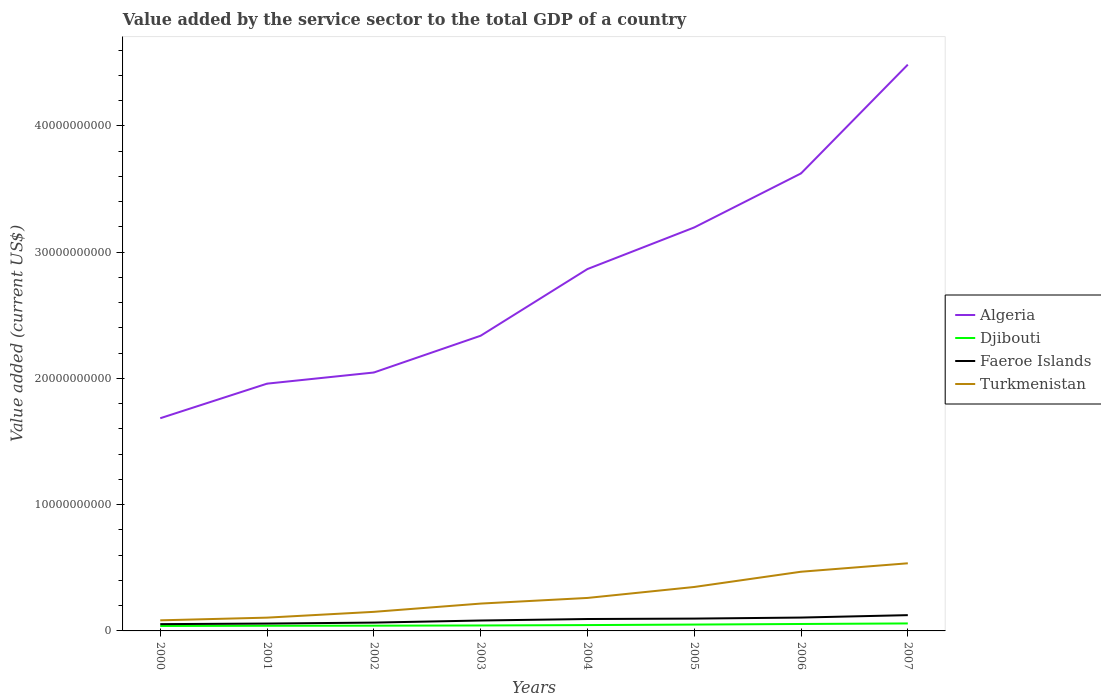
| Years | Algeria | Djibouti | Faeroe Islands | Turkmenistan |
 | --- | --- | --- | --- | --- |
 | 2000 | 1.68e+10 | 3.9e+08 | 5.37e+08 | 8.39e+08 |
 | 2001 | 1.96e+10 | 4.08e+08 | 5.84e+08 | 1.05e+09 |
 | 2002 | 2.05e+10 | 4.16e+08 | 6.59e+08 | 1.51e+09 |
 | 2003 | 2.34e+10 | 4.32e+08 | 8.24e+08 | 2.16e+09 |
 | 2004 | 2.87e+10 | 4.62e+08 | 9.43e+08 | 2.61e+09 |
 | 2005 | 3.2e+10 | 5.04e+08 | 9.77e+08 | 3.48e+09 |
 | 2006 | 3.62e+10 | 5.49e+08 | 1.06e+09 | 4.69e+09 |
 | 2007 | 4.48e+10 | 5.92e+08 | 1.25e+09 | 5.36e+09 |